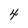
Character: 4